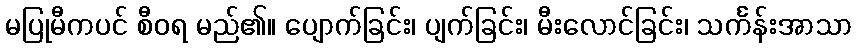
မပြုမီကပင် စီဝရ မည်၏။ ပျောက်ခြင်း၊ ပျက်ခြင်း၊ မီးလောင်ခြင်း၊ သင်္ကန်းအာသာ